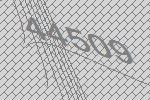
44509